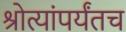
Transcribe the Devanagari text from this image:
श्रोत्यांपर्यंतच